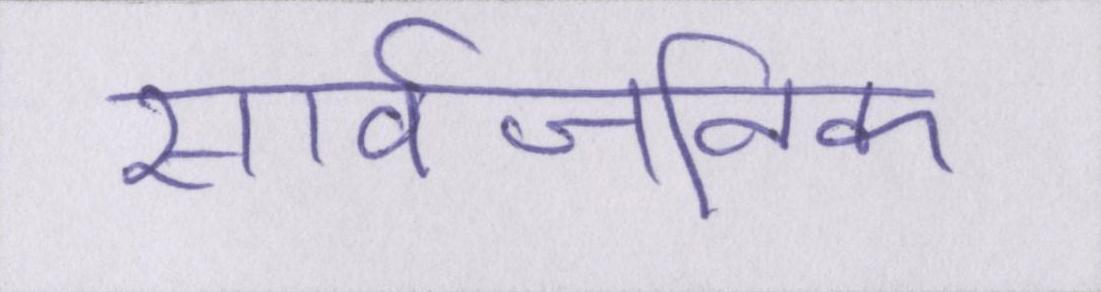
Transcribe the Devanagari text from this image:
सार्वजनिक